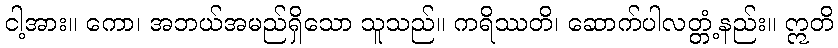
ငါ့အား။ ကော၊ အဘယ်အမည်ရှိသော သူသည်။ ကရိဿတိ၊ ဆောက်ပါလတ္တံ့နည်း။ ဣတိ